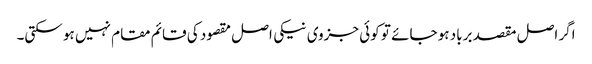
اگر اصل مقصد برباد ہو جائے تو کوئی جزوی نیکی اصل مقصود کی قائم مقام نہیں ہو سکتی۔